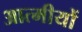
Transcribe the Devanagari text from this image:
आत्मीयों